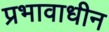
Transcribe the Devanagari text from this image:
प्रभावाधीन